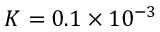
K = 0 . 1 \times 1 0 ^ { - 3 }